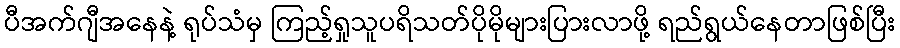
ပီအက်ဂျီအနေနဲ့ ရုပ်သံမှ ကြည့်ရှုသူပရိသတ်ပိုမိုများပြားလာဖို့ ရည်ရွယ်နေတာဖြစ်ပြီး